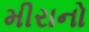
મીરાનો